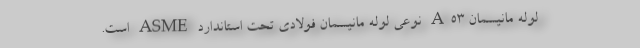
لوله مانیسمان A53 نوعی لوله مانیسمان فولادی تحت استاندارد ASME است.